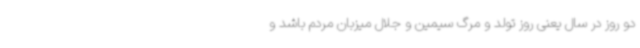
دو روز در سال یعنی روز تولد و مرگ سیمین و جلال میزبان مردم باشد و